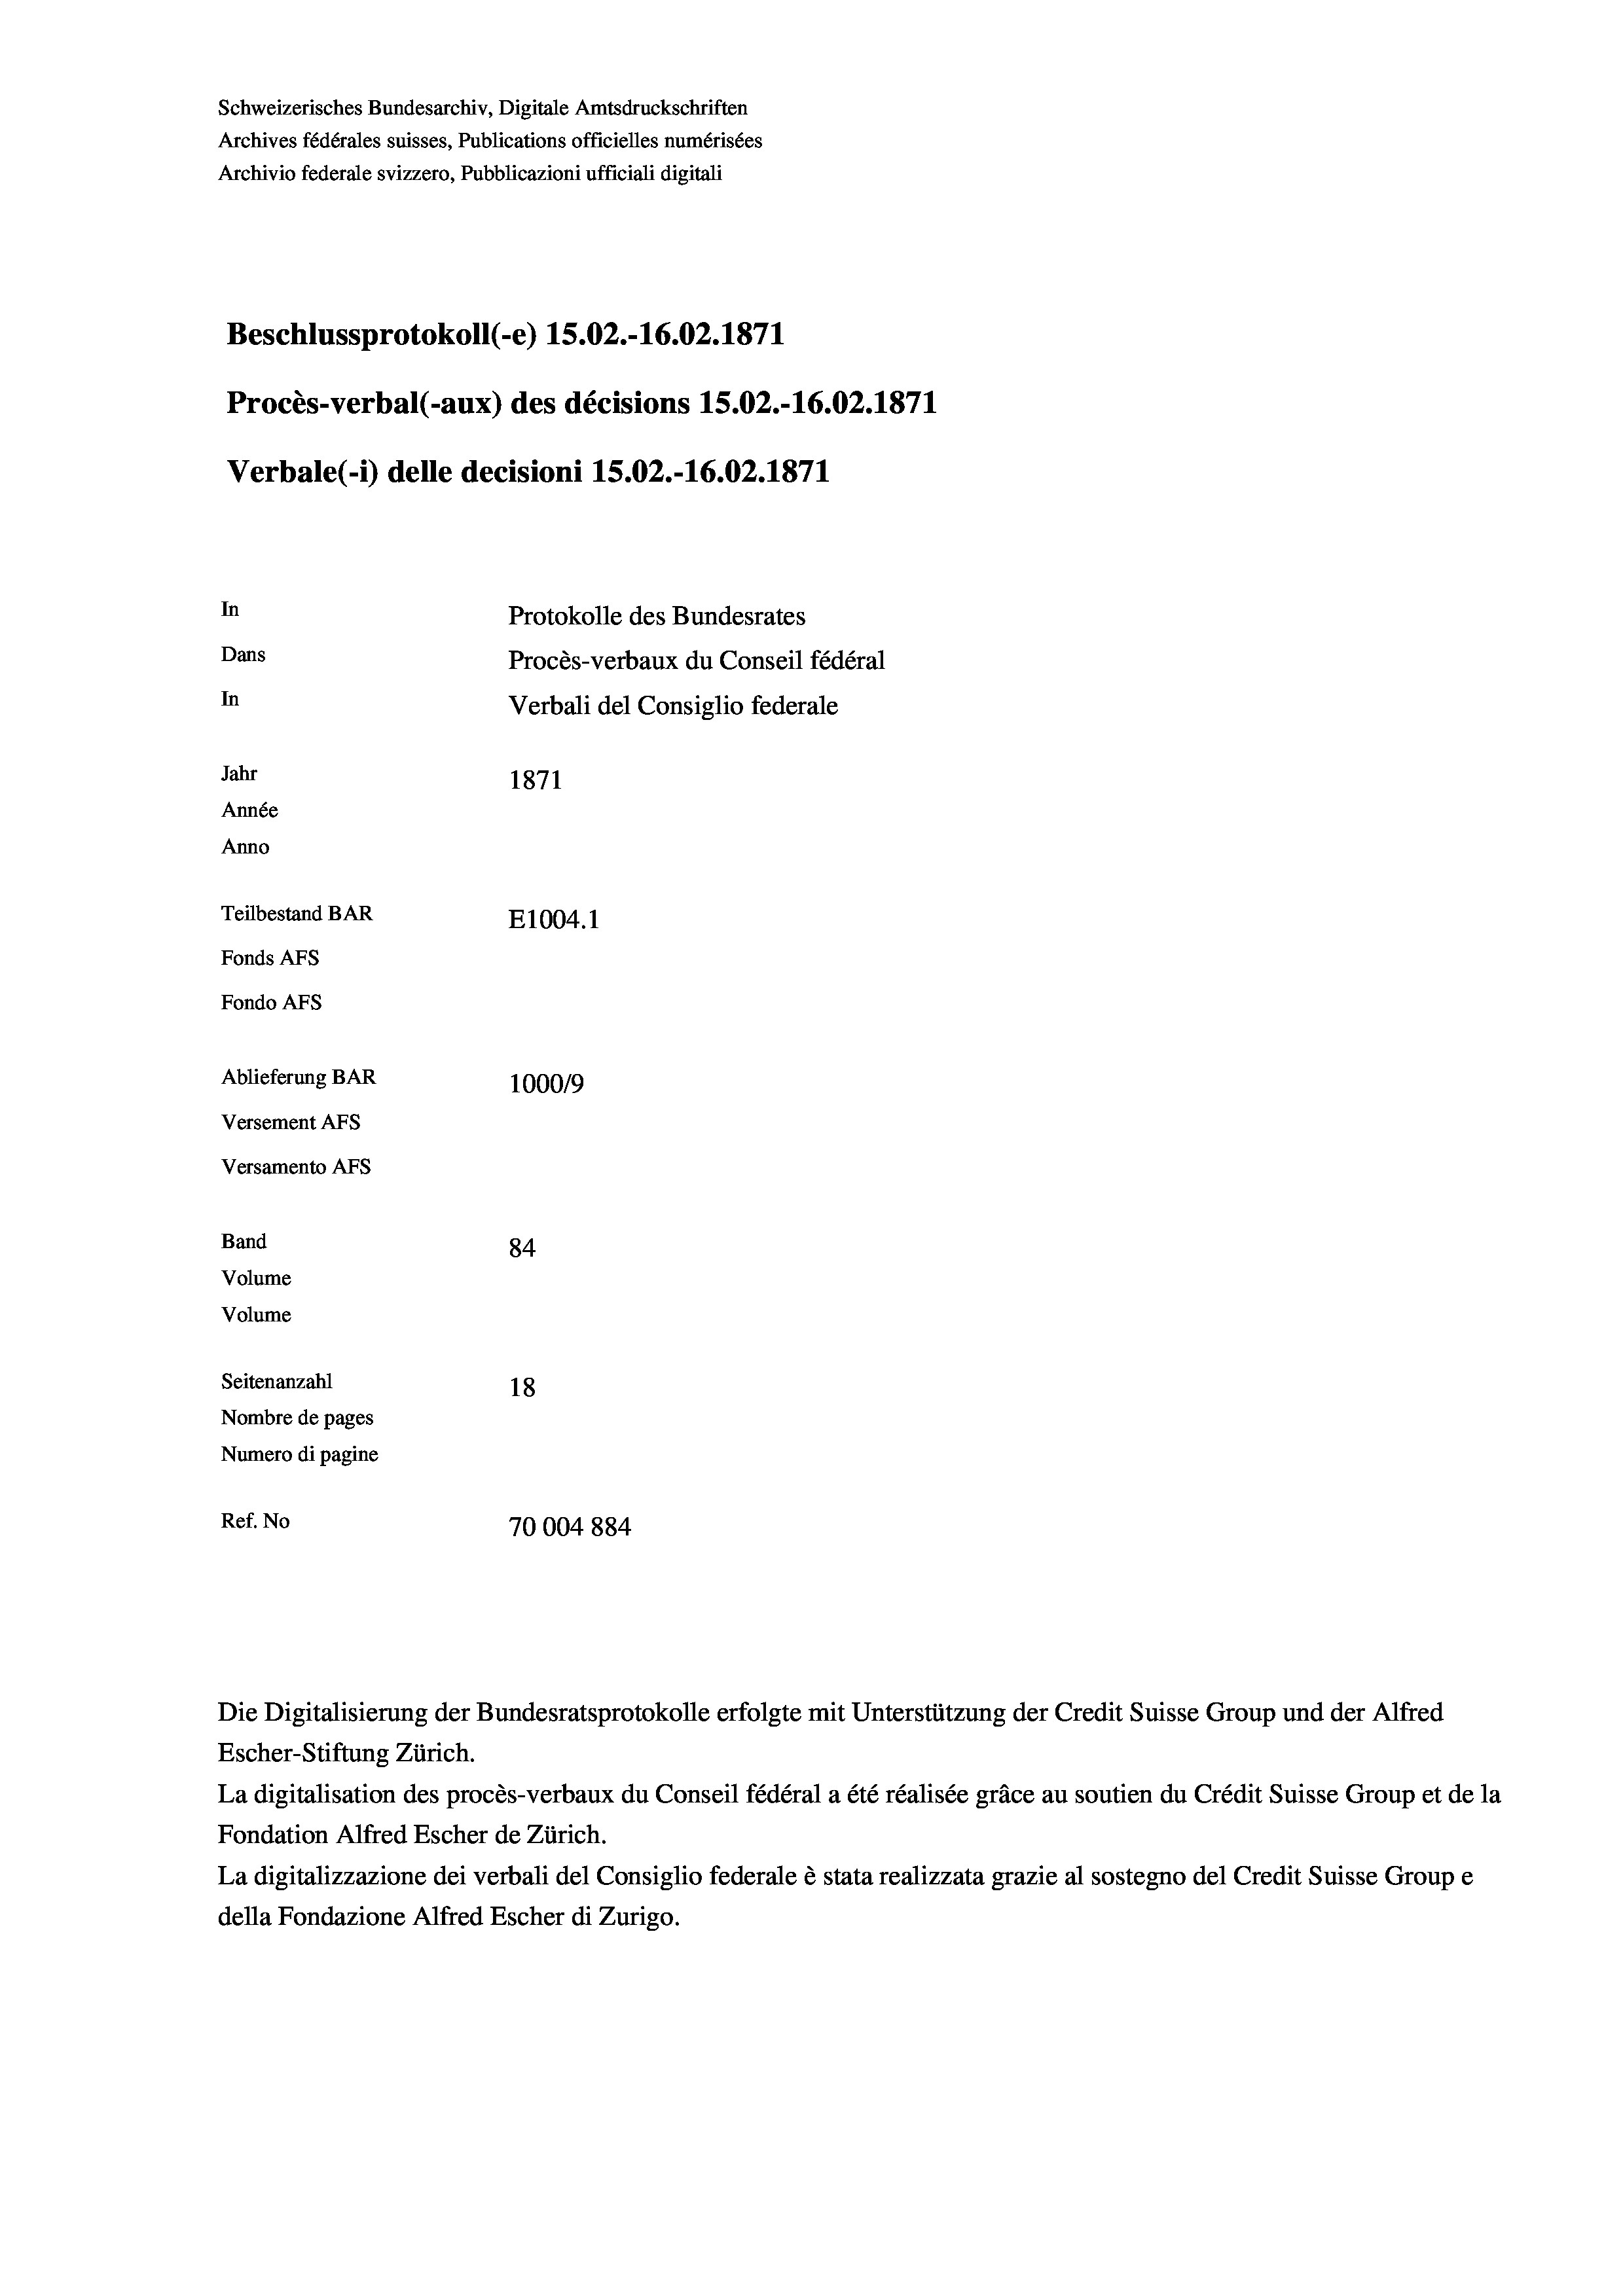
Schweizerisches Bundesarchiv, Digitale Amtsdruckschriften
Archives fédérales suisses, Publications officielles numérisées
Archivio federale svizzero, Pubblicazioni ufficiali digitali
Beschlussprotokoll (-e) 15.02.-16.02. 1871
Procès-verbal (-aux) des décisions 1S.02.-16.02.1871
Verbale (i) delle decisioni 15.02.-16.02. 1871
In
Protokolle des Bundesrates
Dans
Procès-verbaux du Conseil fédéral
In
Verbali del Consiglio federale
Jahr
1871
Année
Anno
Teilbestand BAR
E1004. 1
Fonds AFs
Fondo Afs
Ablieferung BAR
100019
Versement AFs
Versamento Afs
Band
84
Volume
Volume
Seitenanzahl
18
Nombre de pages
Numero di pagine
Ref. No
70004884

La digitalisation des procès-verbaux du Conseil fédéral a été réalisée gräce au soutien du Crédit Suisse Group et de la
Fondation Alfred Escher de Zürich.
La digitalizzazione dei verbali del Consiglio federale è stata realizzata grazie al sostegno del Credit Suisse Groupe
della Fondazione Alfred Escher di Zurigo.

Die Digitalisierung der Bundesratsprotokolle erfolgte mit Unterstützung der Credit Suisse Group und der Alfred
Escher-Stiftung Zürich.